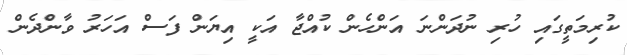
ކުރިމަތީގައި ހުރި ނުދަންނަ އަންހެން ކުއްޖާ އަކީ އިޔަން ފަސް އަހަރު ވާންދެން